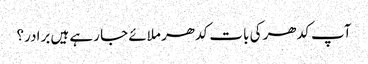
آپ کدھر کی بات کدھر ملائے جا رہے ہیں برادر؟